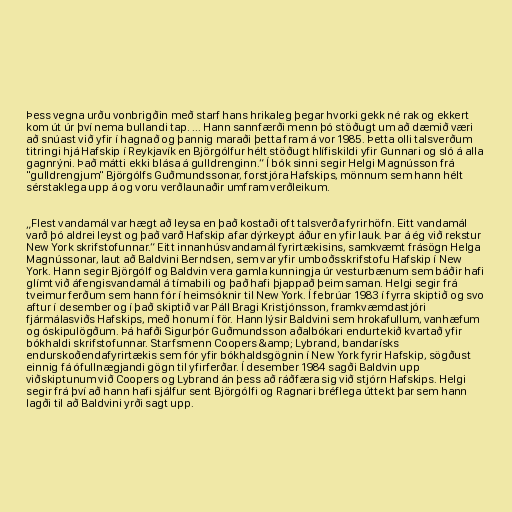
Þess vegna urðu vonbrigðin með starf hans hrikaleg þegar hvorki gekk né rak og ekkert
kom út úr því nema bullandi tap. ... Hann sannfærði menn þó stöðugt um að dæmið væri
að snúast við yfir í hagnað og þannig maraði þetta fram á vor 1985. Þetta olli talsverðum
titringi hjá Hafskip í Reykjavík en Björgólfur hélt stöðugt hlífiskildi yfir Gunnari og sló á alla
gagnrýni. Það mátti ekki blása á gulldrenginn.“ Í bók sinni segir Helgi Magnússon frá
"gulldrengjum" Björgólfs Guðmundssonar, forstjóra Hafskips, mönnum sem hann hélt
sérstaklega upp á og voru verðlaunaðir umfram verðleikum.

„Flest vandamál var hægt að leysa en það kostaði oft talsverða fyrirhöfn. Eitt vandamál
varð þó aldrei leyst og það varð Hafskip afar dýrkeypt áður en yfir lauk. Þar á ég við rekstur
New York skrifstofunnar.“ Eitt innanhúsvandamál fyrirtækisins, samkvæmt frásögn Helga
Magnússonar, laut að Baldvini Berndsen, sem var yfir umboðsskrifstofu Hafskip í New
York. Hann segir Björgólf og Baldvin vera gamla kunningja úr vesturbænum sem báðir hafi
glímt við áfengisvandamál á tímabili og það hafi þjappað þeim saman. Helgi segir frá
tveimur ferðum sem hann fór í heimsóknir til New York. Í febrúar 1983 í fyrra skiptið og svo
aftur í desember og í það skiptið var Páll Bragi Kristjónsson, framkvæmdastjóri
fjármálasviðs Hafskips, með honum í för. Hann lýsir Baldvini sem hrokafullum, vanhæfum
og óskipulögðum. Þá hafði Sigurþór Guðmundsson aðalbókari endurtekið kvartað yfir
bókhaldi skrifstofunnar. Starfsmenn Coopers &amp; Lybrand, bandarísks
endurskoðendafyrirtækis sem fór yfir bókhaldsgögnin í New York fyrir Hafskip, sögðust
einnig fá ófullnægjandi gögn til yfirferðar. Í desember 1984 sagði Baldvin upp
viðskiptunum við Coopers og Lybrand án þess að ráðfæra sig við stjórn Hafskips. Helgi
segir frá því að hann hafi sjálfur sent Björgólfi og Ragnari bréflega úttekt þar sem hann
lagði til að Baldvini yrði sagt upp.